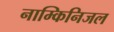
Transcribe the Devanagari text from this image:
नाम्किनिजल